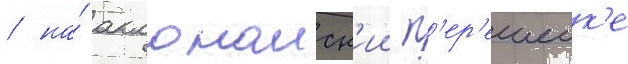
/ на́ акмонаиск'ии п'ер'ешеик'е